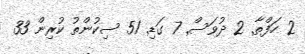
2 ހަފްތާ